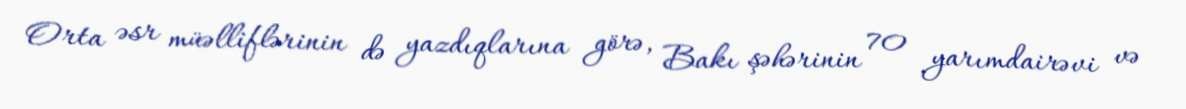
Orta əsr müəlliflərinin də yazdıqlarına görə, Bakı şəhərinin 70 yarımdairəvi və